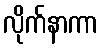
လိုက်နာကာ